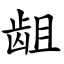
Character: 龃